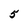
Character: 5